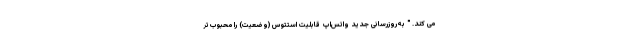
می کند. " به‌روزرسانی جدید واتس‌اپ قابلیت استتوس (وضعیت) را محبوب‌تر